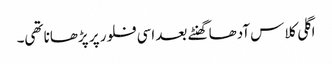
اگلی کلاس آدھا گھنٹے بعد اسی فلور پر پڑھانا تھی۔